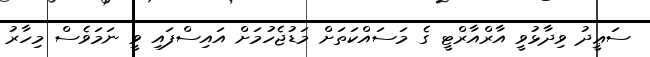
ސަޢީދު ވިދާޅުވީ އާރްއާރްޓީ ގެ މަސައްކަތަށް މަޑުޖެހުމަށް އައިސްފައި ވީ ނަމަވެސް މިހާރު